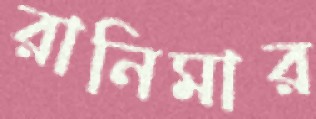
রানিমার